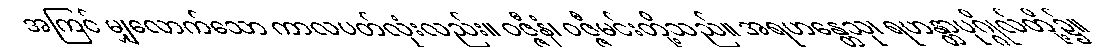
အကြင် မျှလောက်သော ကာလပတ်လုံးလည်း။ ဝဇ္ဇီနံ၊ ဝဇ္ဇီမင်းတို့သည်။ အရဟန္တေသု၊ ရဟန္တာပုဂ္ဂိုလ်တို့၌။